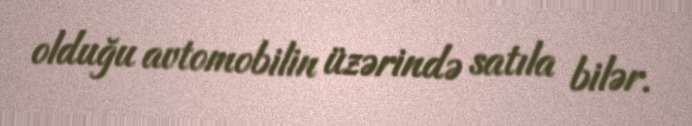
olduğu avtomobilin üzərində satıla bilər.